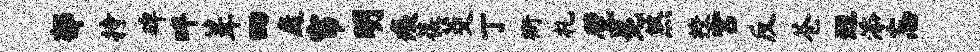
郁持碑畔葺四庭帘明痍葆茭丁衙札甓冕煞授宫反苍迥添忘